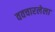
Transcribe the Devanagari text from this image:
ववचारलेला